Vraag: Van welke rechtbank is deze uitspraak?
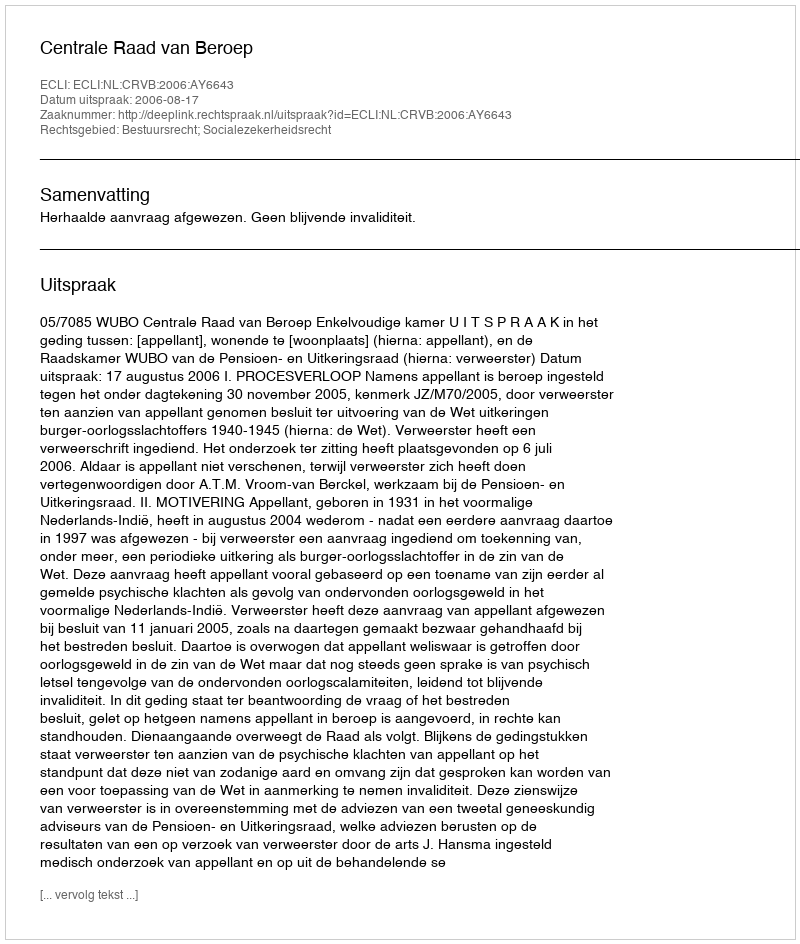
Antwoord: Centrale Raad van Beroep